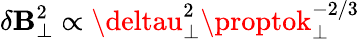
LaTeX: \delta\mathbf{B}_{\perp}^{2}\propto\deltau_{\perp}^{2}\proptok_{\perp}^{-2/3}